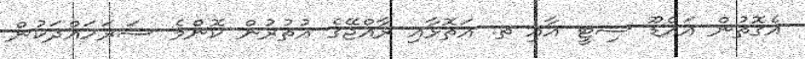
އެގޮތުން އައްޑޫ ސިޓީ އާއި ތ. އަތޮޅާއި ރާއްޖޭގެ އުތުރުން ކޮންމެ ސަރަހައްދަކުން